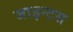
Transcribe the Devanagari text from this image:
जाइन्टस